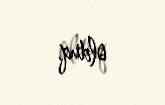
olduq.